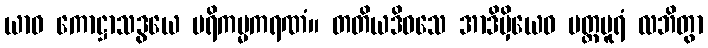
ယာဝ ကောဋ္ဌာသဒွယေ ပရိကမ္မကရဏံ။ တတိယဒိဝသေ အာဒိမှိယေဝ ပတ္တပူရံ လဘိတွာ